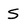
Character: S